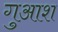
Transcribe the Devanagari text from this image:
गुआश